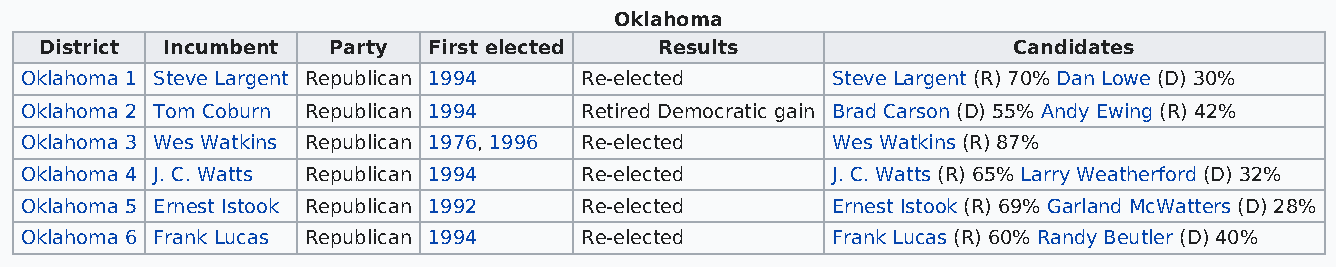
Oklahoma
 District Incumbent Party First elected   Results                Candidates
 Oklahoma 1 Steve Largent Republican 1994 Re-elected   Steve Largent (R) 70% Dan Lowe (D) 30%
 Oklahoma 2 Tom Coburn Republican 1994 Retired Democratic gain Brad Carson (D) 55% Andy Ewing (R) 42%
 Oklahoma 3 Wes Watkins Republican 1976, 1996 Re-elected Wes Watkins (R) 87%
 Oklahoma 4 J. C. Watts Republican 1994 Re-elected     J. C. Watts (R) 65% Larry Weatherford (D) 32%
 Oklahoma 5 Ernest Istook Republican 1992 Re-elected   Ernest Istook (R) 69% Garland McWatters (D) 28%
 Oklahoma 6 Frank Lucas Republican 1994 Re-elected     Frank Lucas (R) 60% Randy Beutler (D) 40%